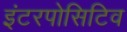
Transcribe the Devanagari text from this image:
इंटरपोसिटिव